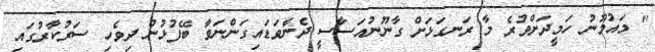
" މައުމޫނު ހަމީދަށްވުރެ މާ ރަނގަޅަށް ގާނޫނުއަސާސީ ދެނެވަޑައިގަންނަވާ ބޭފުޅުން ދިވެހި ސަރުކާރުގައި